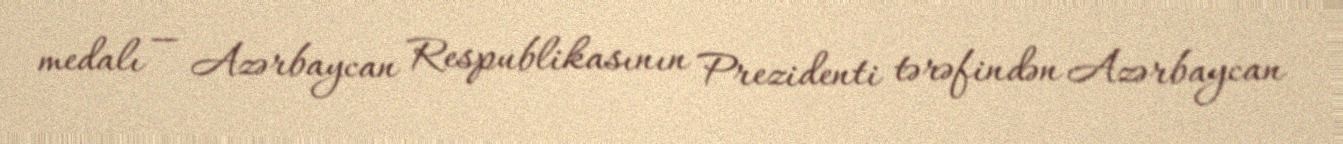
medalı — Azərbaycan Respublikasının Prezidenti tərəfindən Azərbaycan